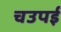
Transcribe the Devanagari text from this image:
चउपई